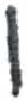
אות: ו